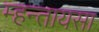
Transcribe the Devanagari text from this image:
म्हन्तायसा